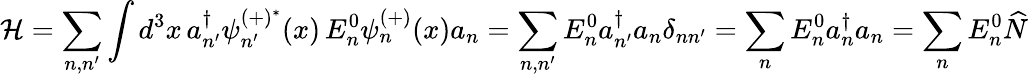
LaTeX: {\mathcal{H}}=\sum_{n,n^{\prime}}\int d^{3}x\, a_{n^{\prime}}^{\dagger}\psi_{n^{\prime}}^{(+)^{*}}(x)\, E_{n}^{0}\psi_{n}^{(+)}(x)a_{n}=\sum_{n,n^{\prime}}E_{n}^{0}a_{n^{\prime}}^{\dagger}a_{n}\delta_{nn^{\prime}}=\sum_{n}E_{n}^{0}a_{n}^{\dagger}a_{n}=\sum_{n}E_{n}^{0}{\widehat{N}}